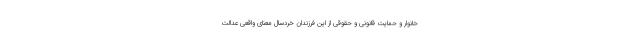
خانوار و حمایت قانونی و حقوقی از این فرزندان خردسال معنای واقعی عدالت